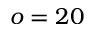
o = 2 0